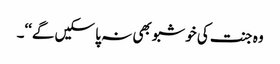
وہ جنت کی خوشبو بھی نہ پا سکیں گے‘‘۔